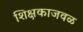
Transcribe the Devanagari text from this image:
शिक्षकाजवळ